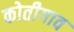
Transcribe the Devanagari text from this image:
कोतीगाव